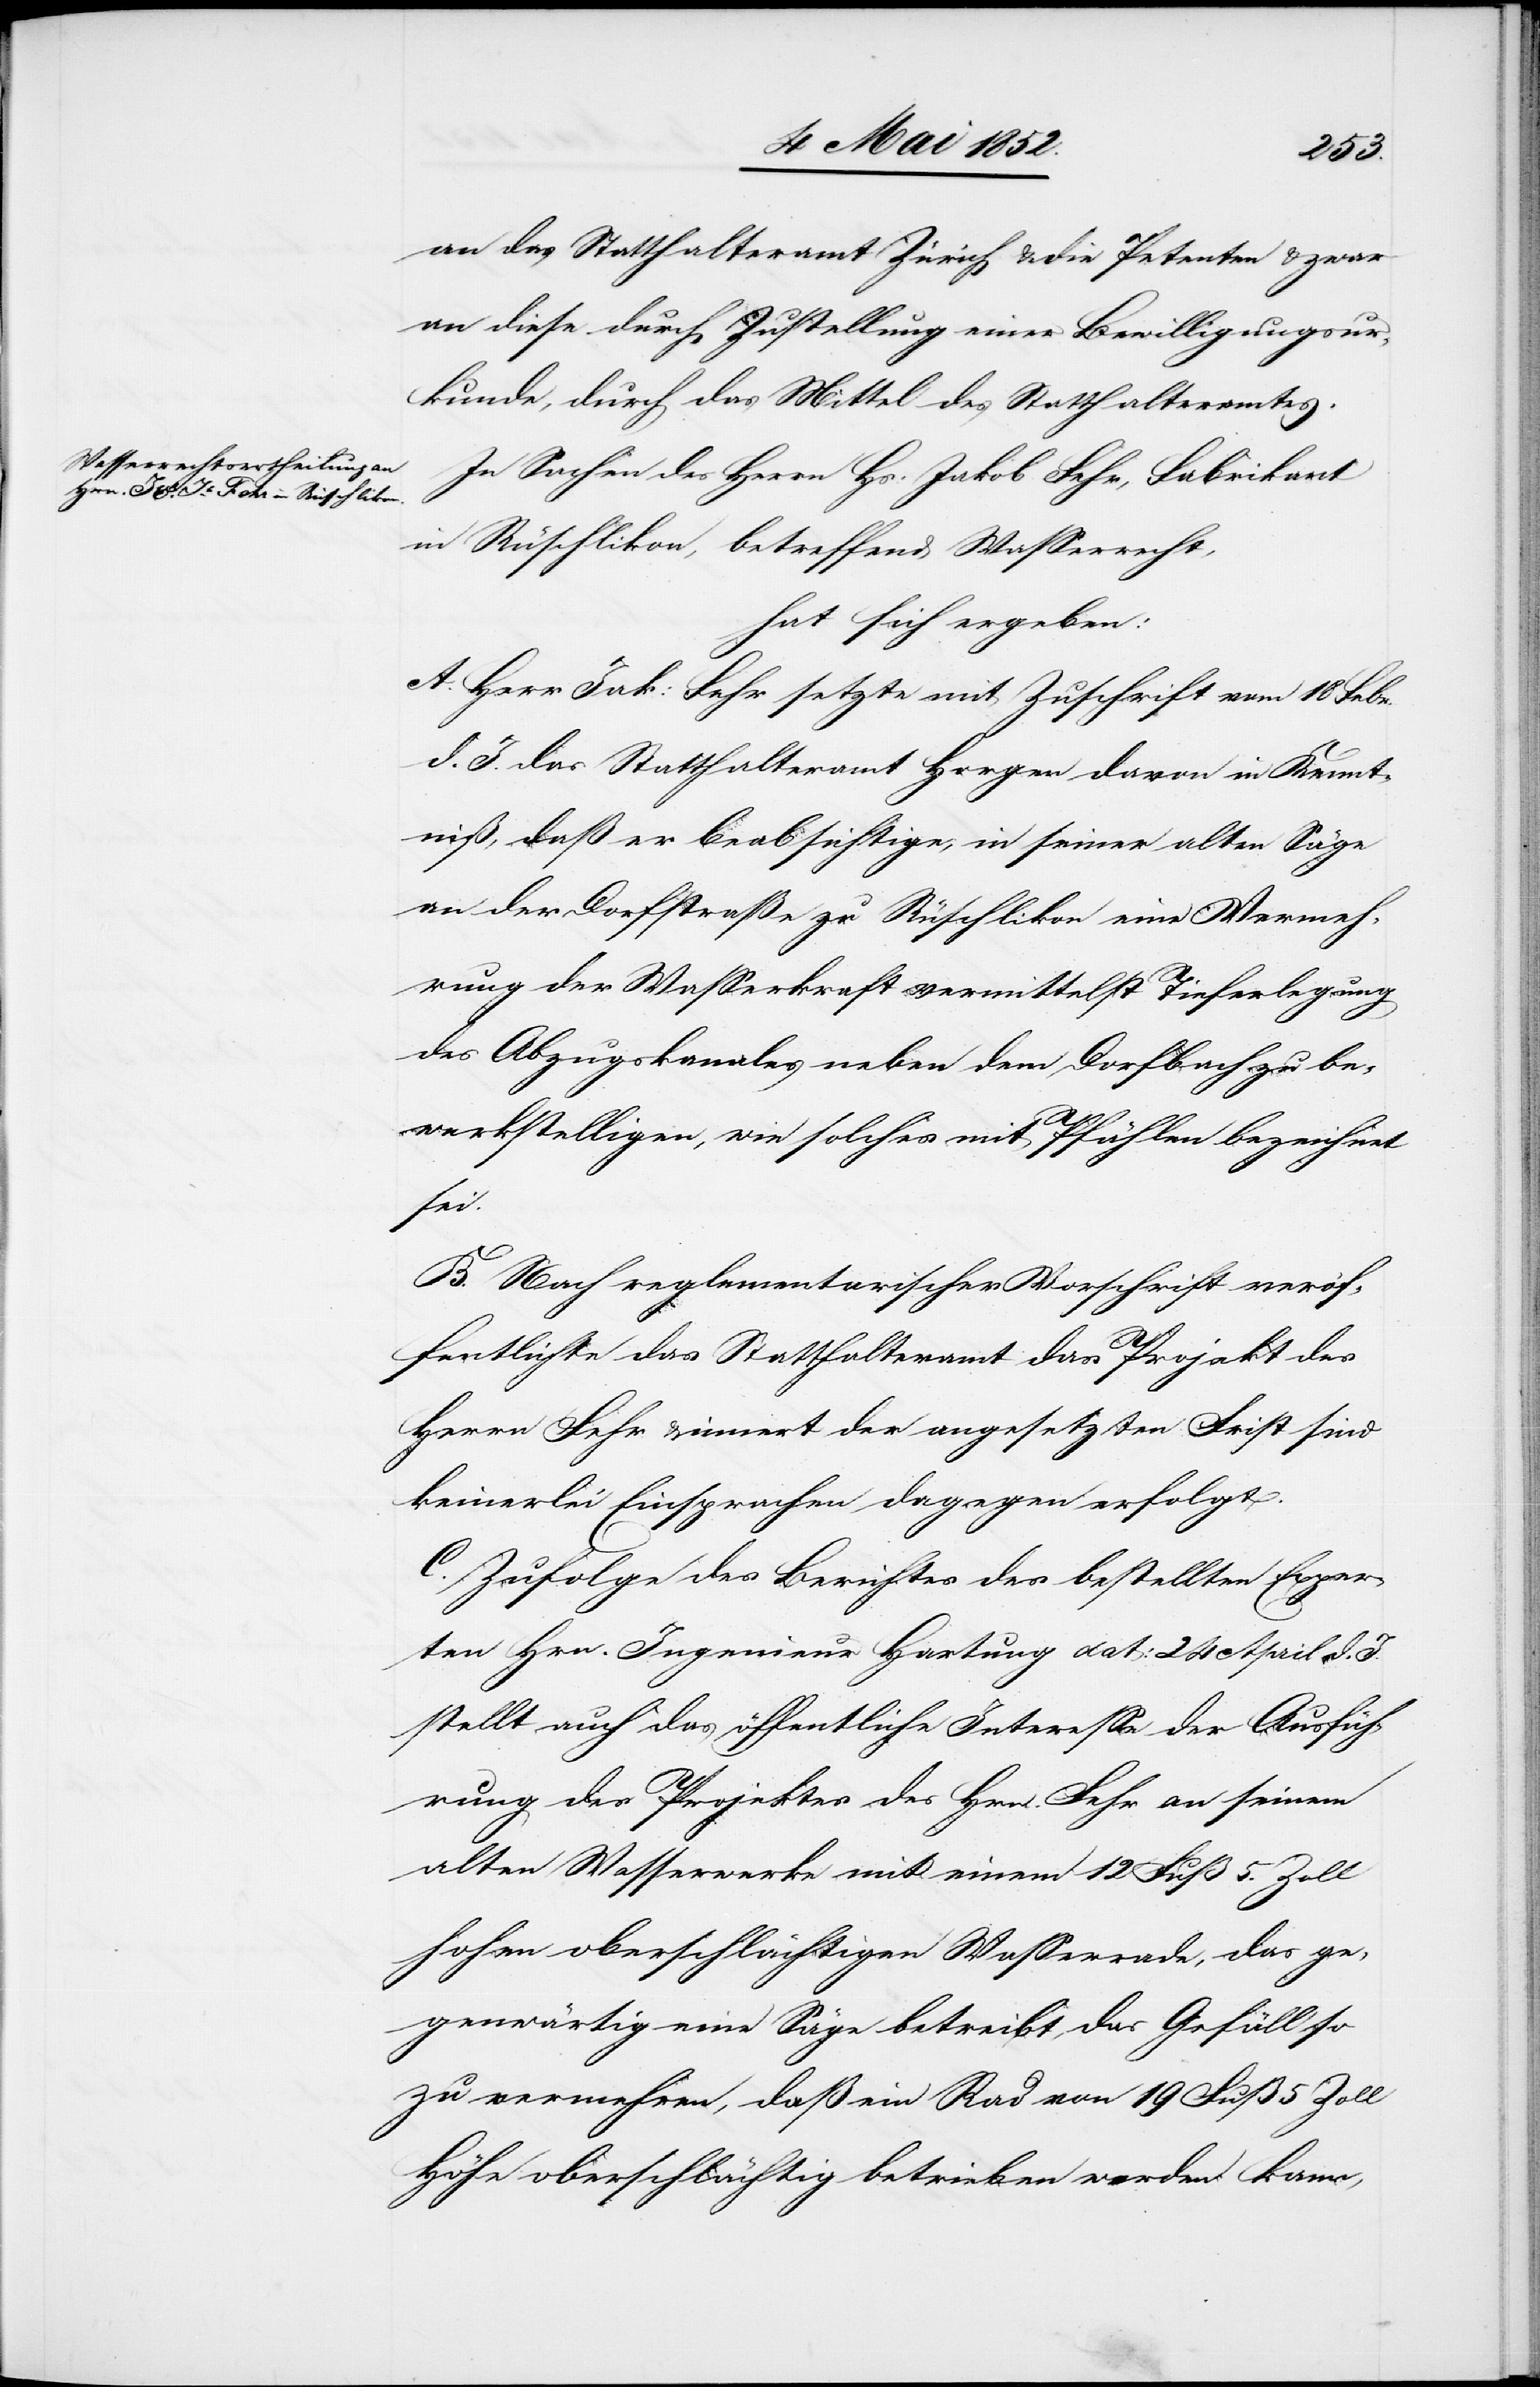
an das Statthalteramt Zürich & die Petenten & zwar
an diese durch Zustellung einer Bewilligungsur¬
kunde, durch das Mittel des Statthalteramtes.
In Sachen des Herrn Hs: Jakob Fehr, Fabrikant
in Rüschlikon, betreffend Wasserrecht,
hat sich ergeben:
A. Herr Jak: Fehr setzte mit Zuschrift vom 18 Febr.
d. J. das Statthalteramt Horgen davon in Kennt¬
niß, daß er beabsichtige, in seiner alten Säge
an der Dorfstraße zu Rüschlikon eine Vermeh¬
rung der Wasserkraft vermittelst Tieferlegung
des Abzugskanales neben dem Dorfbach zu be¬
werkstelligen, wie solches mit Pfählen bezeichnet
sei.
B. Nach reglementarischer Vorschrift veröf¬
fentlichte das Statthalteramt das Projekt des
Herrn Fehr & innert der angesetzten Frist sind
keinerlei Einsprachen dagegen erfolgt.
C. Zufolge des Berichtes des bestellten Exper¬
ten Hrn. Ingenieur Hartung dat: 24 April d. J.
stellt auch das öffentliche Interesse der Ausfüh¬
rung des Projektes des Hrn. Fehr an seinem
alten Wasserwerke mit einem 12 Fuß 5. Zoll
hohen oberschlächtigen Wasserrade, das ge¬
genwärtig eine Säge betreibt, das Gefäll so
zu vermehren, daß ein Rad von 19 Fuß 5 Zoll
Höhe oberschlächtig betrieben werden kann,